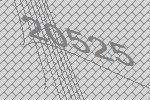
20525